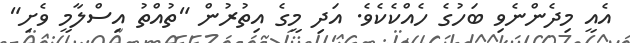
އެއީ މިދެންނެވި ބަހުގެ ހެއްކެކެވެ. އަދި މީގެ އިތުރުން "ތުއްތު އިސްލާމީ ވެށި"